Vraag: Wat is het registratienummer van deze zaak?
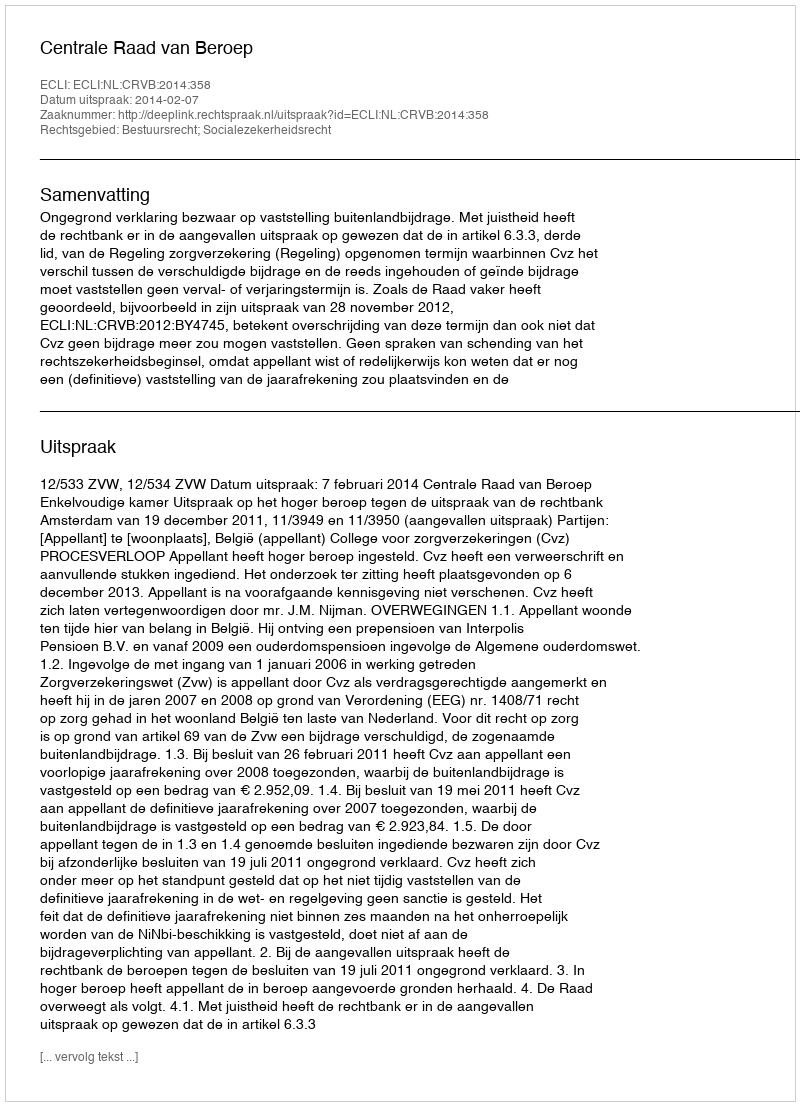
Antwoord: http://deeplink.rechtspraak.nl/uitspraak?id=ECLI:NL:CRVB:2014:358